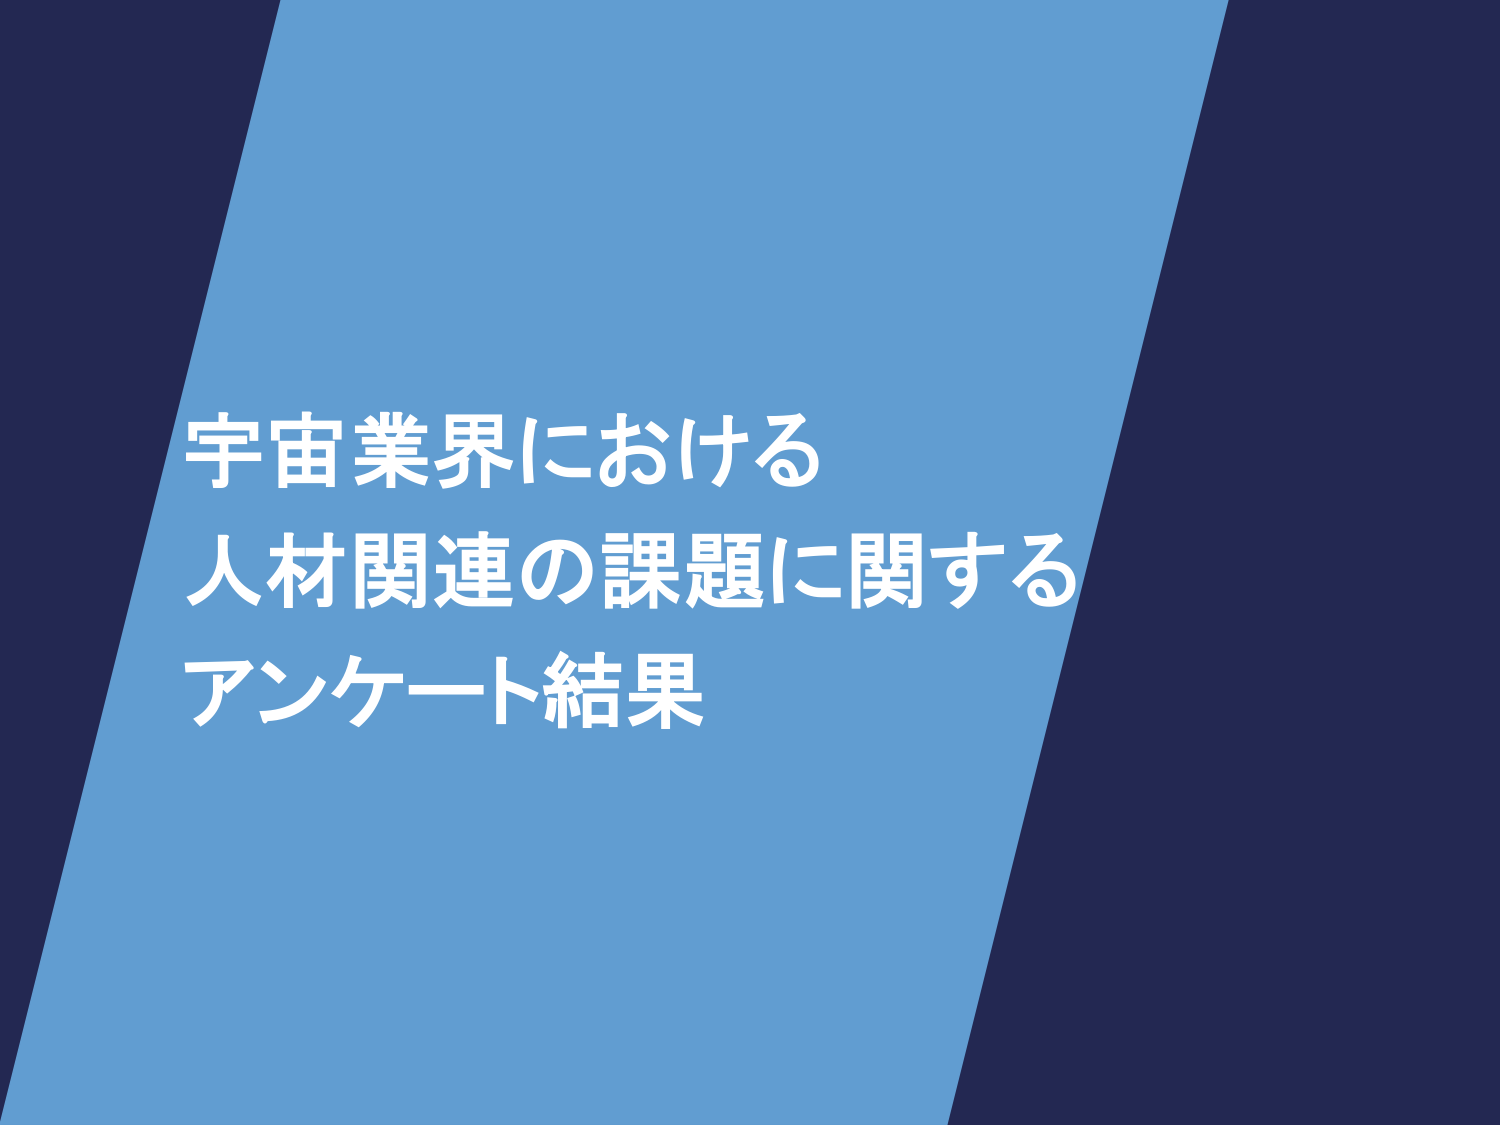
宇宙業界における
人材関連の課題に関する
アンケート結果